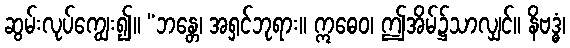
ဆွမ်းလုပ်ကျွေး၍။ “ဘန္တေ၊ အရှင်ဘုရား။ ဣဓေဝ၊ ဤအိမ်၌သာလျှင်။ နိဗဒ္ဓံ၊